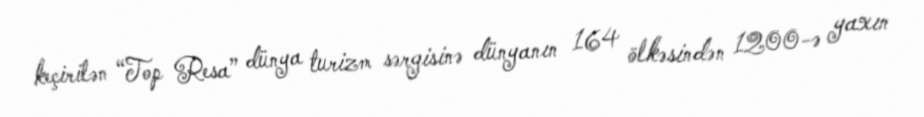
keçirilən “Top Resa” dünya turizm sərgisinə dünyanın 164 ölkəsindən 1200-ə yaxın